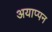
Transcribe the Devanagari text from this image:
अयाप्पन